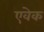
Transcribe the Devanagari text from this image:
एवेक